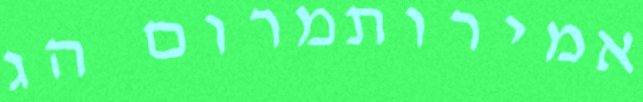
אמירותמרום הג